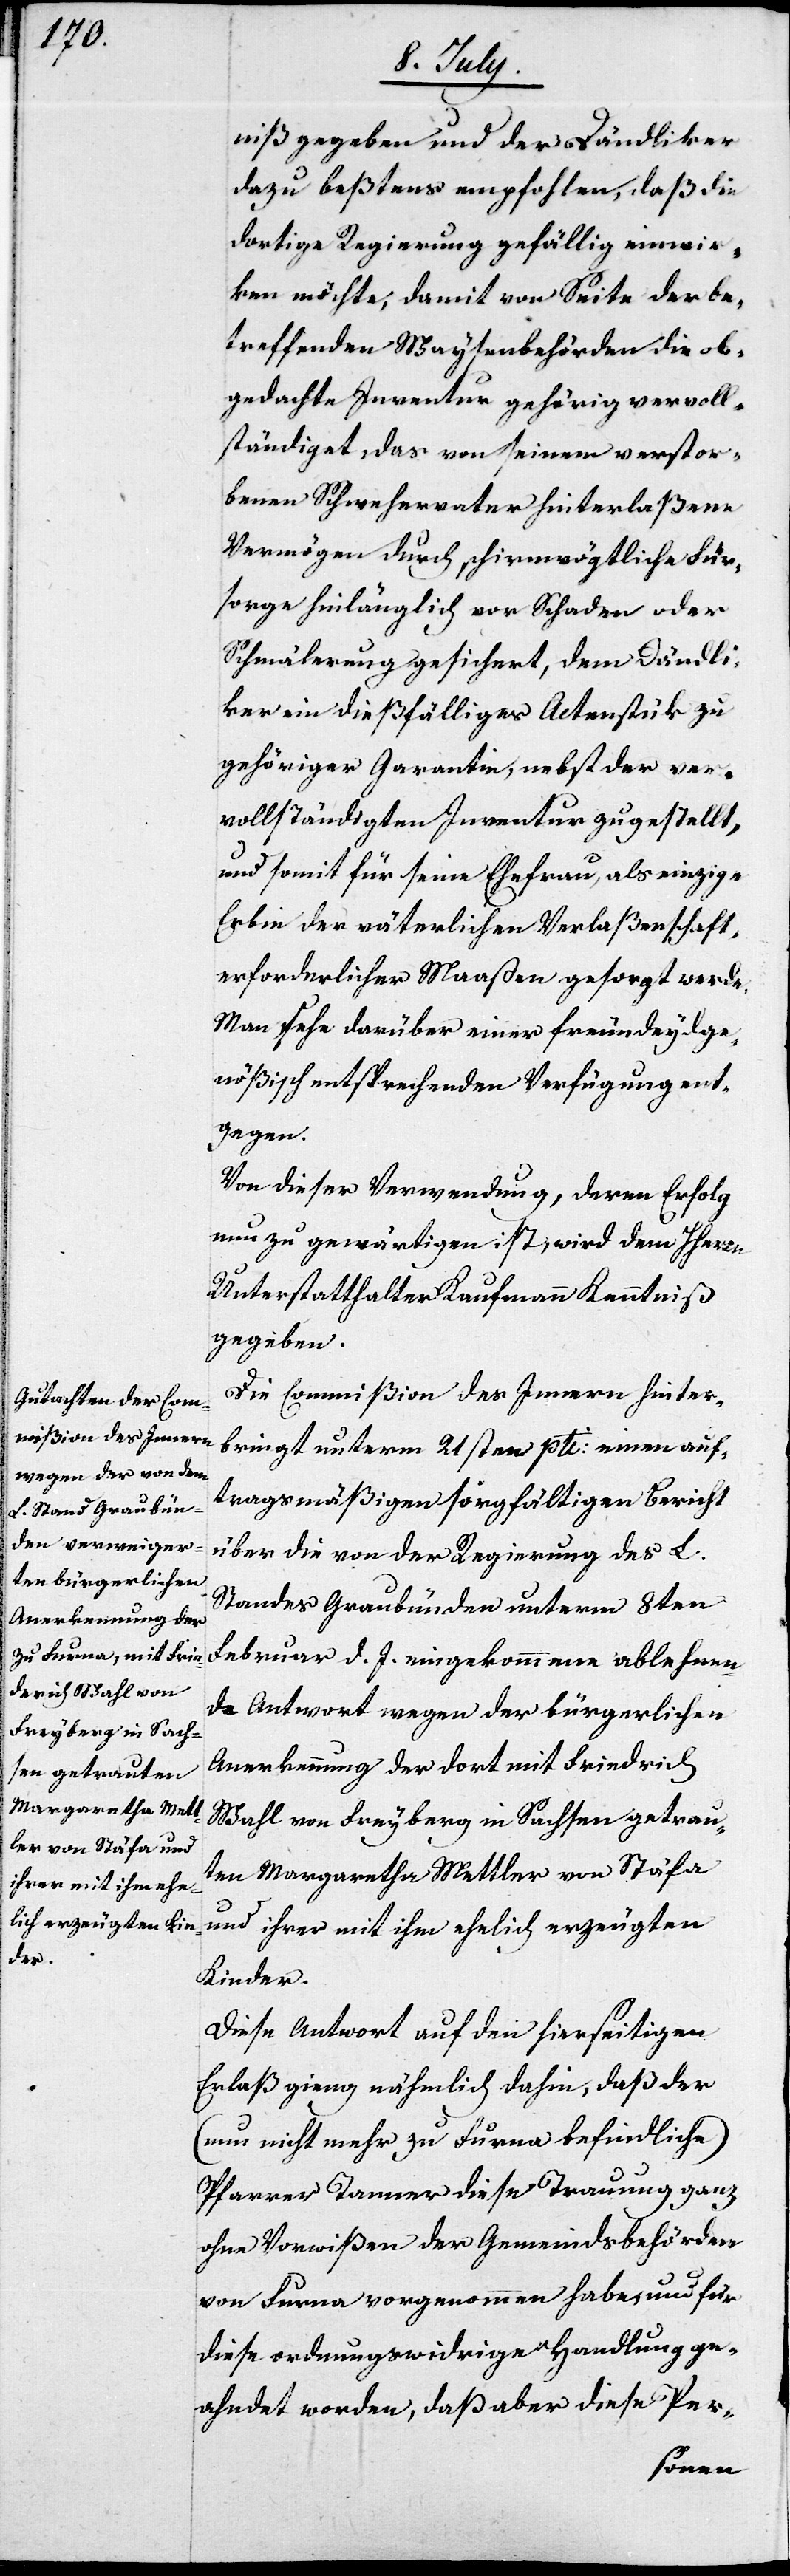
oder

niß gegeben und der Dändliker
dazu beßtens empfohlen, daß die
dortige Regierung gefällig einwir¬
ken möchte, damit von Seite der be¬
treffenden Waysenbehörden die ob¬
gedachte Inventur gehörig vervoll¬
ständiget, das von seinem verstor¬
benen Schwehervater hinterlaßene
Vermögen durch schirmvögtliche Für¬
Schmälerung gesichert, dem Dändli¬
ker ein dießfälliges Actenstück zu
gehöriger Garantie, nebst der ver¬
vollständigten Inventur zugestellt,
und somit für seine Ehefrau, als einzige
Erbin der väterlichen Verlaßenschaft,
erforderlicher Maaßen gesorgt werde.
Man sehe darüber einer freundeydge¬
nößisch entsprechenden Verfügung ent¬
gegen.
Von dieser Verwendung, deren Erfolg
nun zu gewärtigen ist, wird dem HHerrn
Unterstatthalter Kaufmann Kenntniß
gegeben.
Die Commißion des Innern hinter¬
bringt unterm 21sten pti. einen auf¬
tragsmäßigen sorgfältigen Bericht
über die von der Regierung des L.
Standes Graubünden unterm 8ten
Februar d. J. eingekommene ablehnen¬
de Antwort wegen der bürgerlichen
Anerkennung der dort mit Friedrich
Wahl von Freyburg in Sachsen getraut¬
en Margaretha Mettler von Stäfa
und ihrer mit ihm ehelich erzeugten
Kinder.
Diese Antwort auf den hierseitigen
Erlaß gieng nähmlich dahin, daß der
(nun nicht mehr zu Furna befindliche)
Pfarrer Tanner diese Trauung ganz
ohne Vorwißen der Gemeindsbehörden
von Furna vorgenommen habe, und für
diese ordnungswidrige Handlung ge¬
ahndet worden, daß aber diese Per-
sorge